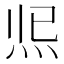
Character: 𤇐